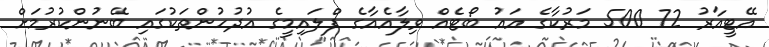
އޭޓީއާރު 72 500 މަރުކާގެ އައު ބޯޓެއް ވިލާއެއާގެ ފްލައިމީގެ އުދުހުންތަކުގައި ބޭނުންކުރުމަށް